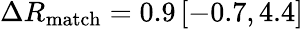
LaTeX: \Delta R_{\mathrm{match}}=0.9\, [-0.7,4.4]